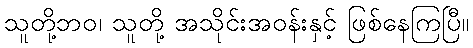
သူတို့ဘဝ၊ သူတို့ အသိုင်းအဝန်းနှင့် ဖြစ်နေကြပြီ။